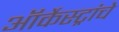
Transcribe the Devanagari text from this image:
ऑर्केस्ट्रांचे